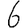
Digit: 6